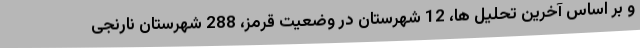
و بر اساس آخرین تحلیل ها، 12 شهرستان در وضعیت قرمز، 288 شهرستان نارنجی